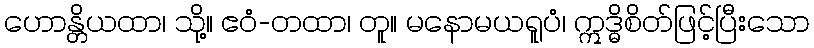
ဟောန္တိယထာ၊ သို့။ ဧဝံ-တထာ၊ တူ။ မနောမယရူပံ၊ ဣဒ္ဓိစိတ်ဖြင့်ပြီးသော